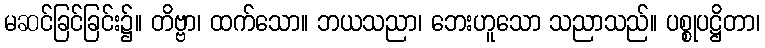
မဆင်ခြင်ခြင်း၌။ တိဗ္ဗာ၊ ထက်သော။ ဘယသညာ၊ ဘေးဟူသော သညာသည်။ ပစ္စုပဋ္ဌိတာ၊